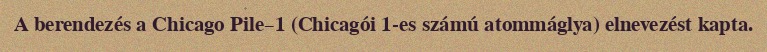
A berendezés a Chicago Pile–1 (Chicagói 1-es számú atommáglya) elnevezést kapta.